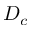
D _ { c }